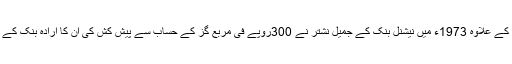
پاکستان نیشنل شپنگ کارپوریشن کے ایڈمرل یو اے سعید کے علاوہ 1973ء میں نیشنل بنک کے جمیل نشتر نے 300روپے فی مربع گز کے حساب سے پیش کش کی ان کا ارادہ بنک کے لیے ملٹی سٹوری بلڈنگ بنام جناح مرکز بنانا مقصود تھا۔